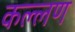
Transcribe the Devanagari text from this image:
कल्लण